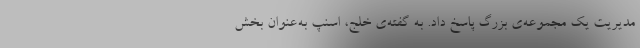
مدیریت یک مجموعه‌ی بزرگ پاسخ داد. به گفته‌ی خلج، اسنپ به‌عنوان بخش